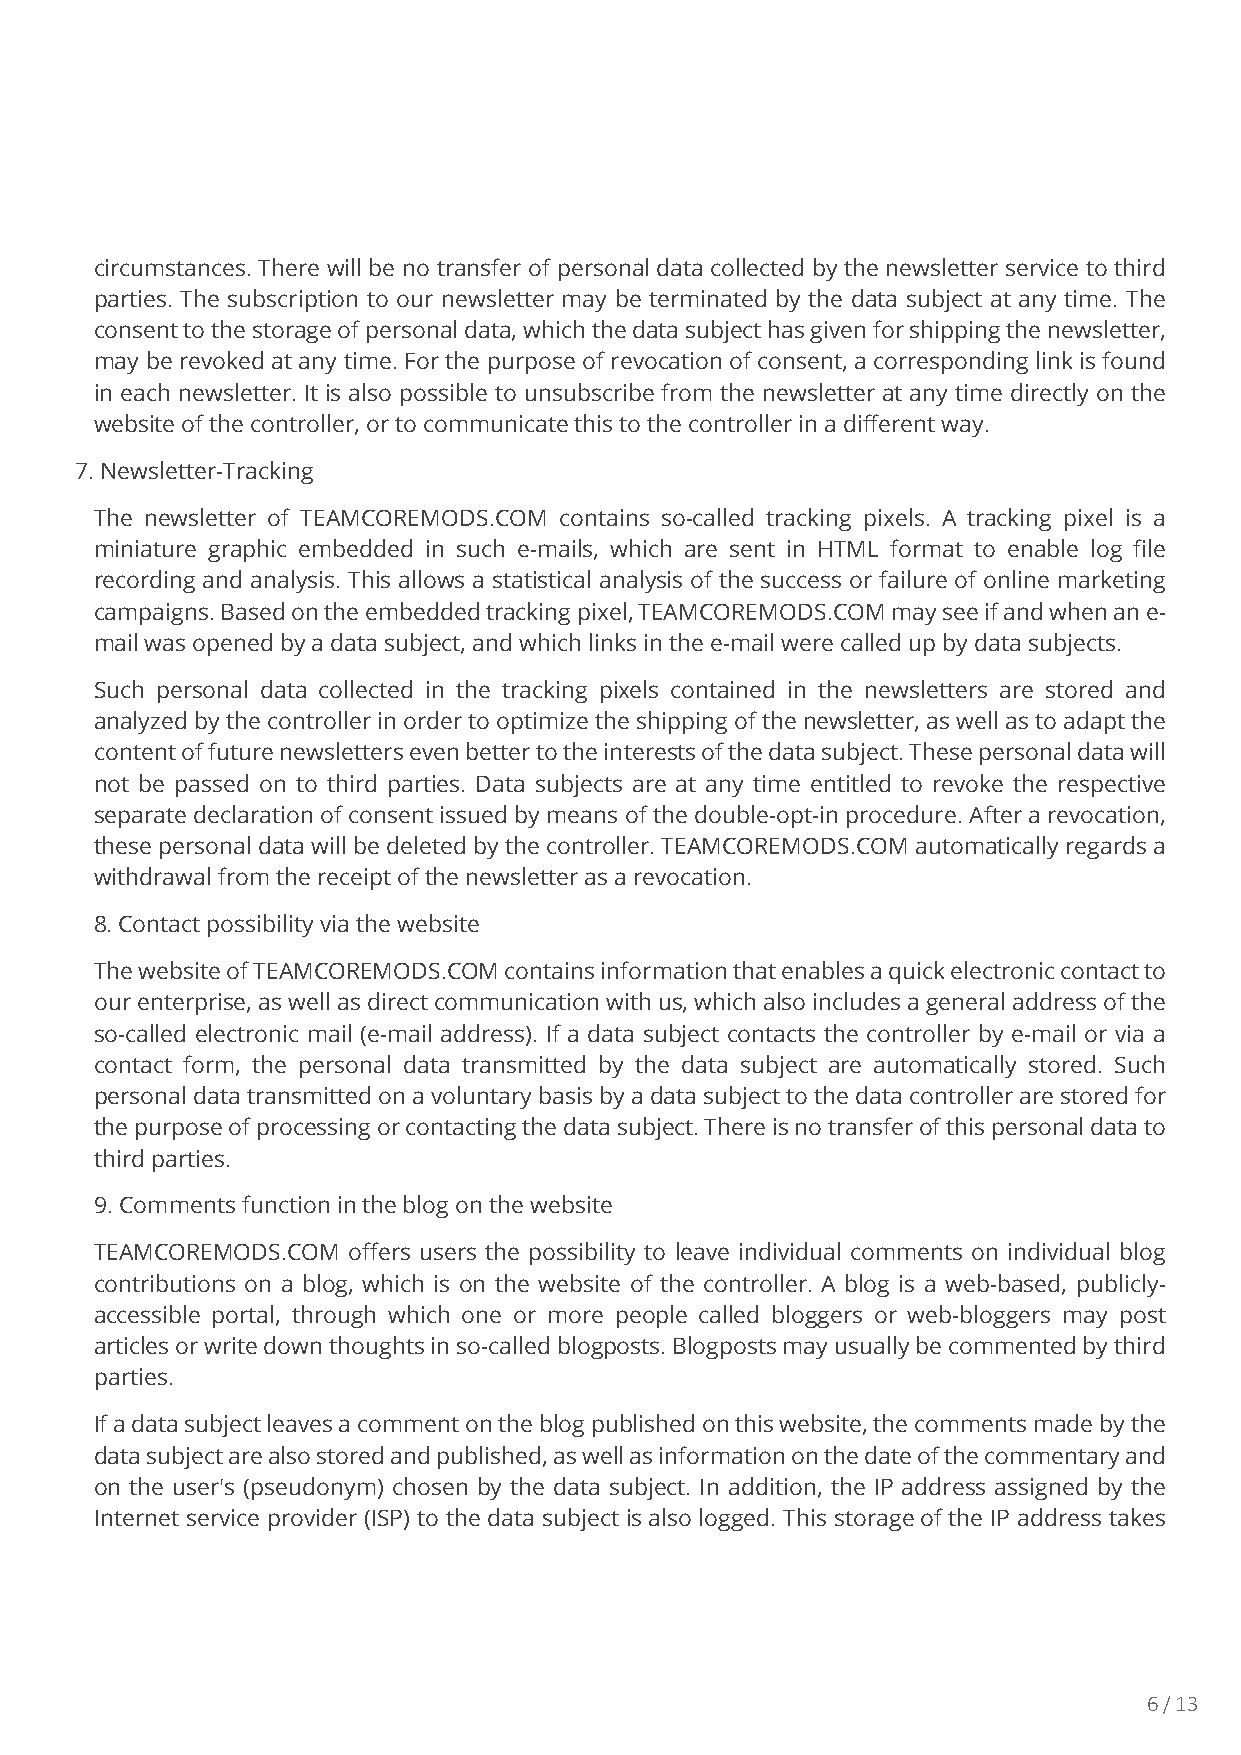
circumstances. There will be no transfer of personal data collected by the newsletter service to third
 parties. The subscription to our newsletter may be terminated by the data subject at any time. The
 consent to the storage of personal data, which the data subject has given for shipping the newsletter,
 may be revoked at any time. For the purpose of revocation of consent, a corresponding link is found
 in each newsletter. It is also possible to unsubscribe from the newsletter at any time directly on the
 website of the controller, or to communicate this to the controller in a different way.
 7. Newsletter-Tracking
 The newsletter of TEAMCOREMODS.COM contains so-called tracking pixels. A tracking pixel is a
 miniature graphic embedded in such e-mails, which are sent in HTML format to enable log file
 recording and analysis. This allows a statistical analysis of the success or failure of online marketing
 campaigns. Based on the embedded tracking pixel, TEAMCOREMODS.COM may see if and when an e-
 mail was opened by a data subject, and which links in the e-mail were called up by data subjects.
 Such personal data collected in the tracking pixels contained in the newsletters are stored and
 analyzed by the controller in order to optimize the shipping of the newsletter, as well as to adapt the
 content of future newsletters even better to the interests of the data subject. These personal data will
 not be passed on to third parties. Data subjects are at any time entitled to revoke the respective
 separate declaration of consent issued by means of the double-opt-in procedure. After a revocation,
 these personal data will be deleted by the controller. TEAMCOREMODS.COM automatically regards a
 withdrawal from the receipt of the newsletter as a revocation.
 8. Contact possibility via the website
 The website of TEAMCOREMODS.COM contains information that enables a quick electronic contact to
 our enterprise, as well as direct communication with us, which also includes a general address of the
 so-called electronic mail (e-mail address). If a data subject contacts the controller by e-mail or via a
 contact form, the personal data transmitted by the data subject are automatically stored. Such
 personal data transmitted on a voluntary basis by a data subject to the data controller are stored for
 the purpose of processing or contacting the data subject. There is no transfer of this personal data to
 third parties.
 9. Comments function in the blog on the website
 TEAMCOREMODS.COM offers users the possibility to leave individual comments on individual blog
 contributions on a blog, which is on the website of the controller. A blog is a web-based, publicly-
 accessible portal, through which one or more people called bloggers or web-bloggers may post
 articles or write down thoughts in so-called blogposts. Blogposts may usually be commented by third
 parties.
 If a data subject leaves a comment on the blog published on this website, the comments made by the
 data subject are also stored and published, as well as information on the date of the commentary and
 on the user's (pseudonym) chosen by the data subject. In addition, the IP address assigned by the
 Internet service provider (ISP) to the data subject is also logged. This storage of the IP address takes
 6 / 13